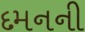
દમનની